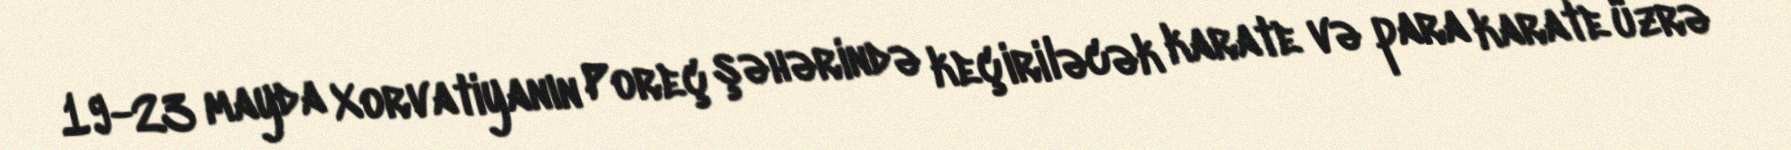
19-23 mayda Xorvatiyanın Poreç şəhərində keçiriləcək karate və para karate üzrə